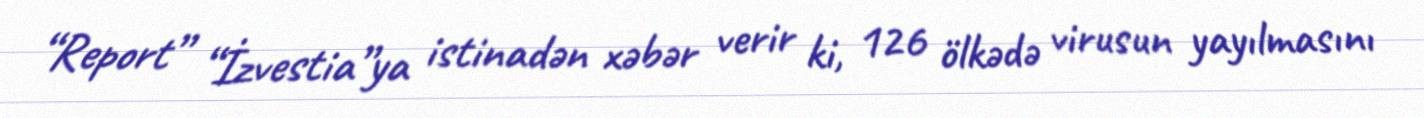
“Report” “İzvestia”ya istinadən xəbər verir ki, 126 ölkədə virusun yayılmasını